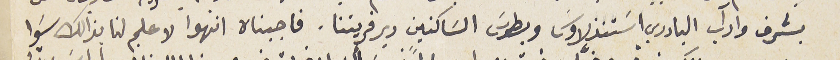
بشرف وادآب البادري اسَتنذلاوسَ وبطرسَ السَاكنين دير قريتنا. فاجبناه انهوا لا علم لنا بذالك سَوا